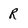
Character: R